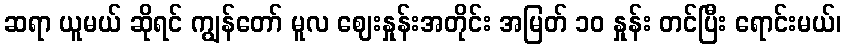
ဆရာ ယူမယ် ဆိုရင် ကျွန်တော် မူလ ဈေးနှုန်းအတိုင်း အမြတ် ၁၀ နှုန်း တင်ပြီး ရောင်းမယ်၊